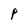
Character: P